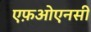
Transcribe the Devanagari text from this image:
एफ़ओएनसी